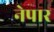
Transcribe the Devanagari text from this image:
नेपार